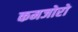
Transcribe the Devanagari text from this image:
कमजोरो